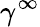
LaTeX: \gamma^{\infty}